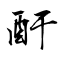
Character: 酑